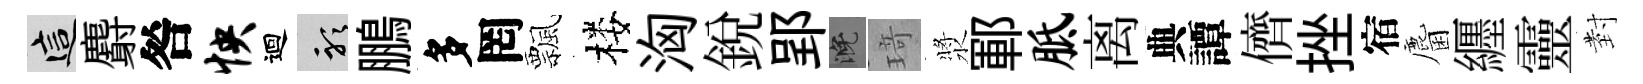
這麝咎怏迴聽鵬多罔飄楼洶銳郢晚𤦺漿鄆胝离典譚儕挫宿麕纒靈𭔹